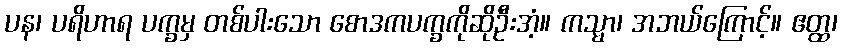
ပန၊ ပရိဟာရ ပက္ခမှ တစ်ပါးသော စောဒကပက္ခကိုဆိုဦးအံ့။ ကသ္မာ၊ အဘယ်ကြောင့်။ ဧတ္ထ၊